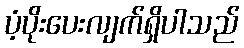
ပံ့ပိုးပေးလျက်ရှိပါသည်